Annual report of the Camel Specialist
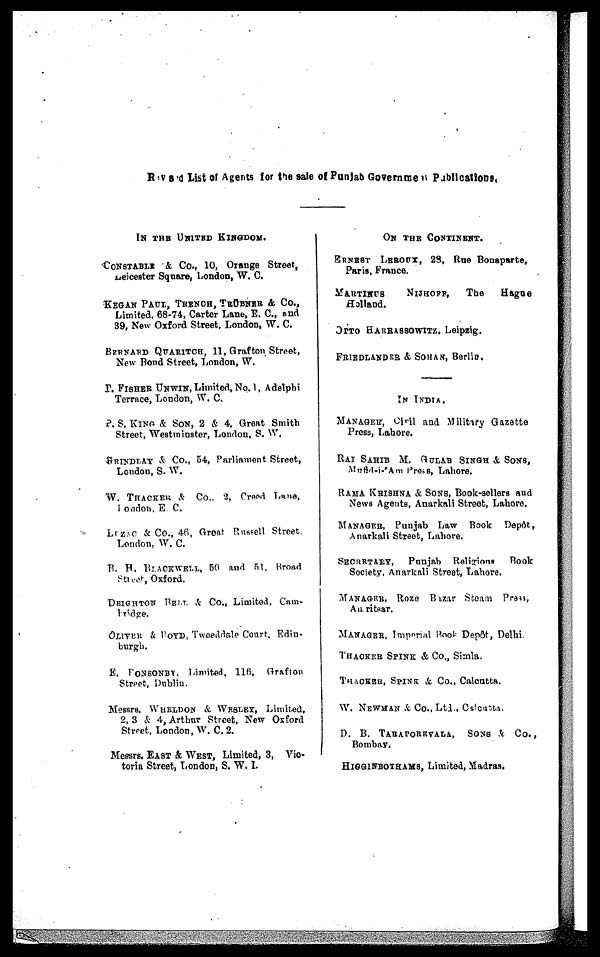
Revised List of Agents for the sale of Punjab Government Publications.
IN THE UNITED KINGDOM.
CONSTABLE & Co., 10, Orange Street,
Leicester Square, London, W. C.
KEGAN PAUL, TRENCH, TRÜBNER & Co.,
Limited, 68-74, Carter Lane, E. C., and
39, New Oxford Street, London, W. C.
BERNARD QUARITCH, 11, Grafton Street,
New Bond Street, London, W.
P. FISHER UNWIN, Limited, No. 1, Adelphi
Terrace, London, W. C.
P. S. KlNG & SON, 2 & 4, Great Smith
Street, Westminster, London, S. W.
GRINDLAY & Co., 54, Parliament Street,
London, S. W.
W. THACKER & Co., 2, Creed Lane,
London, E. C.
LUZAC & Co., 46, Great Russell Street,
London, W. C.
B. H. BLACKWELL, 50 and 51, Broad
Street, Oxford.
DEIGHTON BELL & CO., Limited, Cam¬
bridge.
OLIVER & BOYD, Tweeddale Court, Edin-
burgh.
E. FONSONBY, Limited, 116, Grafton
Street, Dublin.
Messrs. WHELDON & WESLEY, Limited,
2, 3 & 4, Arthur Street, New Oxford
Street, London, W. C. 2.
Messrs. EAST & WEST, Limited, 3, Vic-
toria Street, London, S. W. I.
ON THE CONTINENT.
ERNEST LEROUX,
28, Rue Bonaparte,
Paris, France.
MARTINUS
NIJHOFF,
The
Hague
Holland.
OTTO HARRASSOWITZ, Leipzig.
FRIEDLANDER & SOHAN, Berlin.
IN INDIA.
MANAGER, Civil and Military Gazette
Press, Lahore.
RAI SAHIB M. GULAB SINGH & SONS,
Mufid-i-'Am Press, Lahore.
RAMA KRISHNA & SONS, Book-sellers and
News Agents, Anarkali Street, Lahore.
MANAGER, Punjab Law Book Depôt,
Anarkali Street, Lahore.
SECRETARY, Punjab Religious Book
Society, Anarkali Street, Lahore.
MANAGER, Roze Bazar Steam Press,
Amritsar.
MANAGER, Imperial Book Depôt, Delhi.
THACKER SPINK & Co., Simla.
THACKER SPINK & Co., Calcutta.
W. NEWMAN & Co., Ltd., Calcutta.
D. B. TARAPOREVALA, SONS & Co.,
Bombay.
HIGGINBOTHAMS, Limited, Madras.